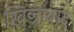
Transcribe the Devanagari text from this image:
ख़िज्राबाद